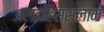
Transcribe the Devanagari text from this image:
अलइहिस्सलाम